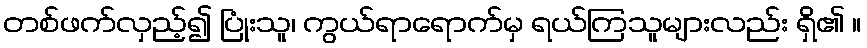
တစ်ဖက်လှည့်၍ ပြုံးသူ၊ ကွယ်ရာရောက်မှ ရယ်ကြသူများလည်း ရှိ၏ ။